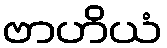
ဗာဟိယံ